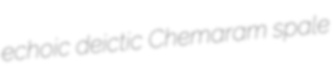
echoic deictic Chemaram spale